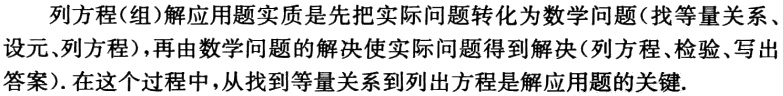
列方程(组)解应用题实质是先把实际问题转化为数学问题(找等量关系、设元、列方程),再由数学问题的解决使实际问题得到解决(列方程、检验、写出答案).在这个过程中,从找到等量关系到列出方程是解应用题的关键.